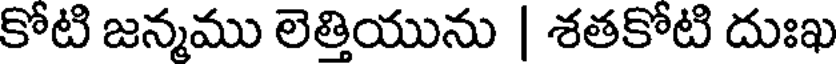
కోటి జన్మము లెత్తియును | శతకోటి దుఃఖ